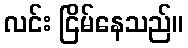
လင်း ငြိမ်နေသည်။